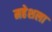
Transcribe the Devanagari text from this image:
महेशला